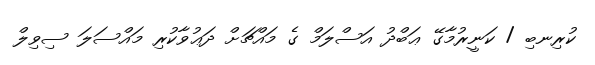
ކުރިނބި / ކަނީރުމާގޭ ޢަބްދު އަސްލަމް ގެ މައްޗަށް ދަޢުވާކުރި މައްސަލަ ސިވިލް